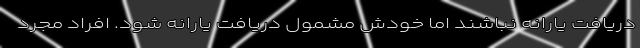
دریافت یارانه نباشند اما خودش مشمول دریافت یارانه شود. افراد مجرد